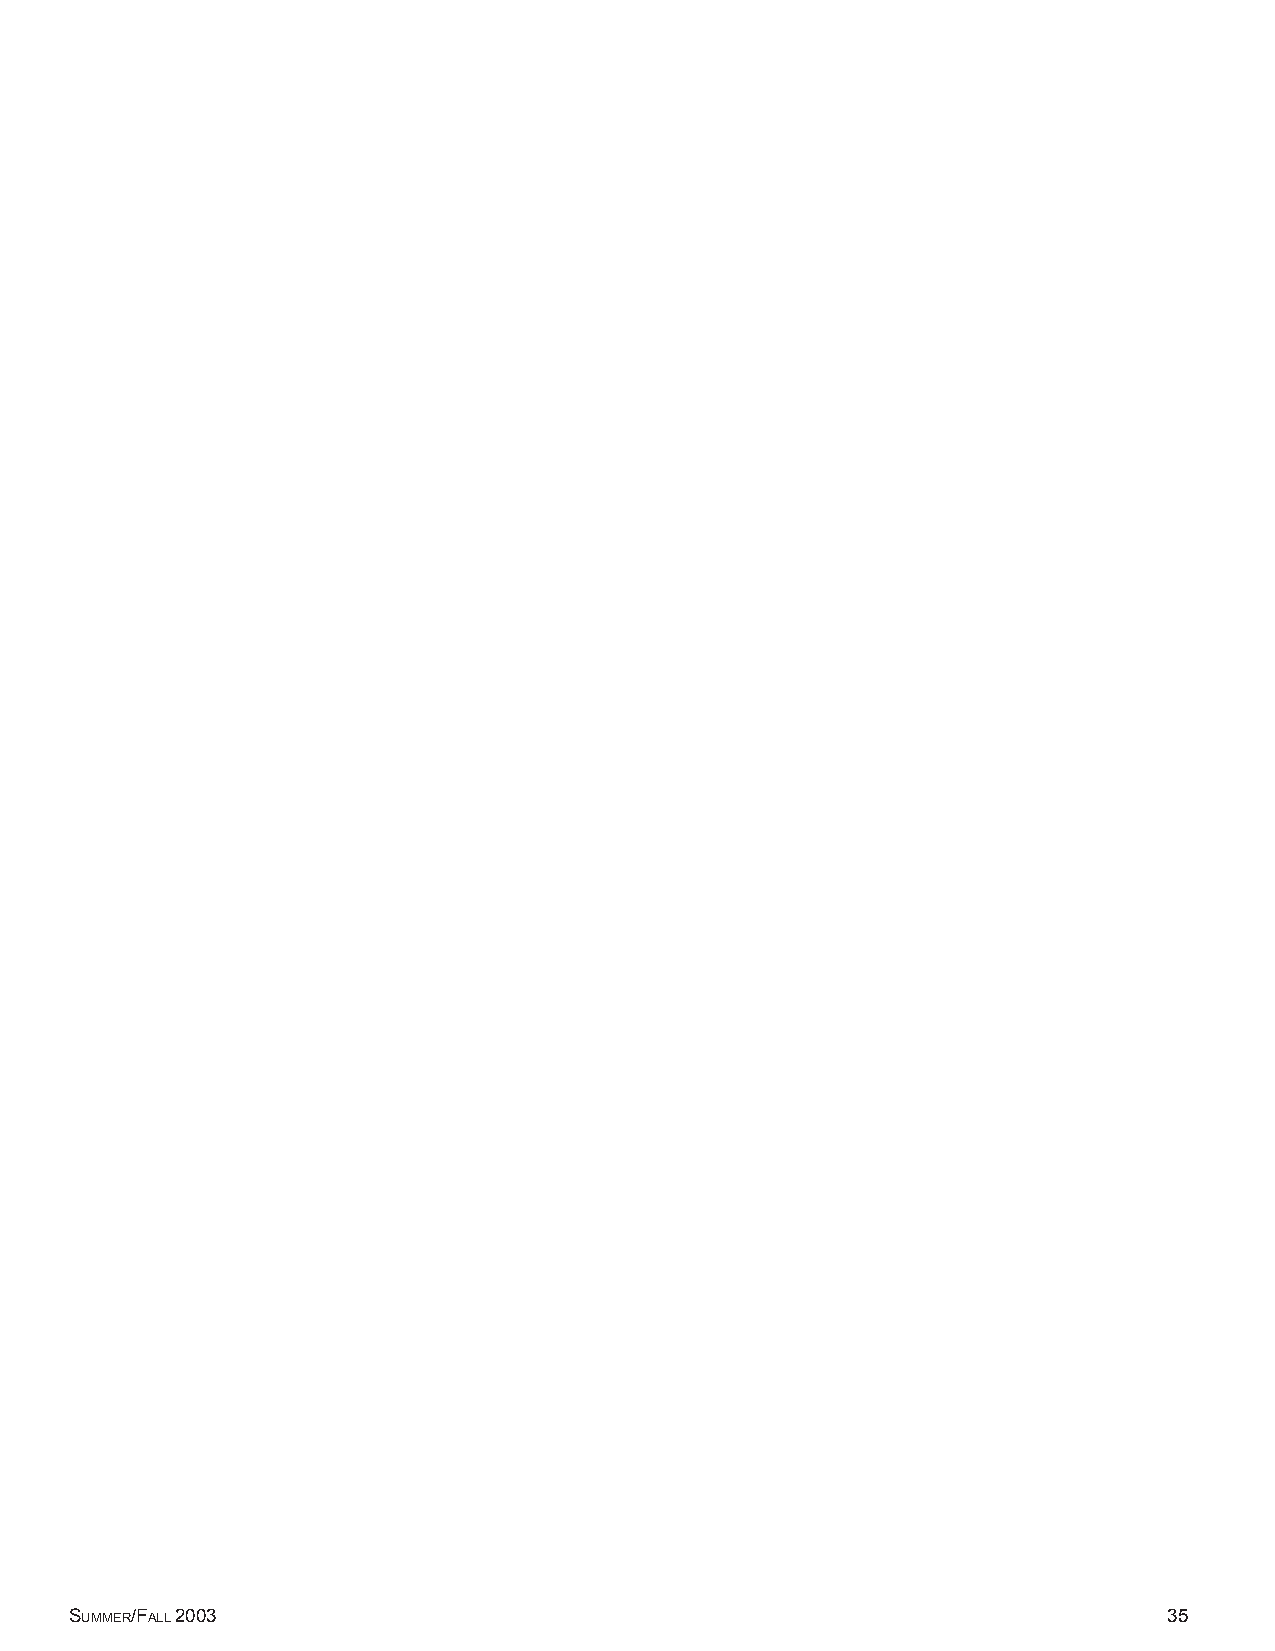
SUMMER/FALL 2003                                                        35